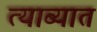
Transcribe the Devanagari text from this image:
त्याब्यात